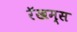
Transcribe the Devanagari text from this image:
रॅखम्स